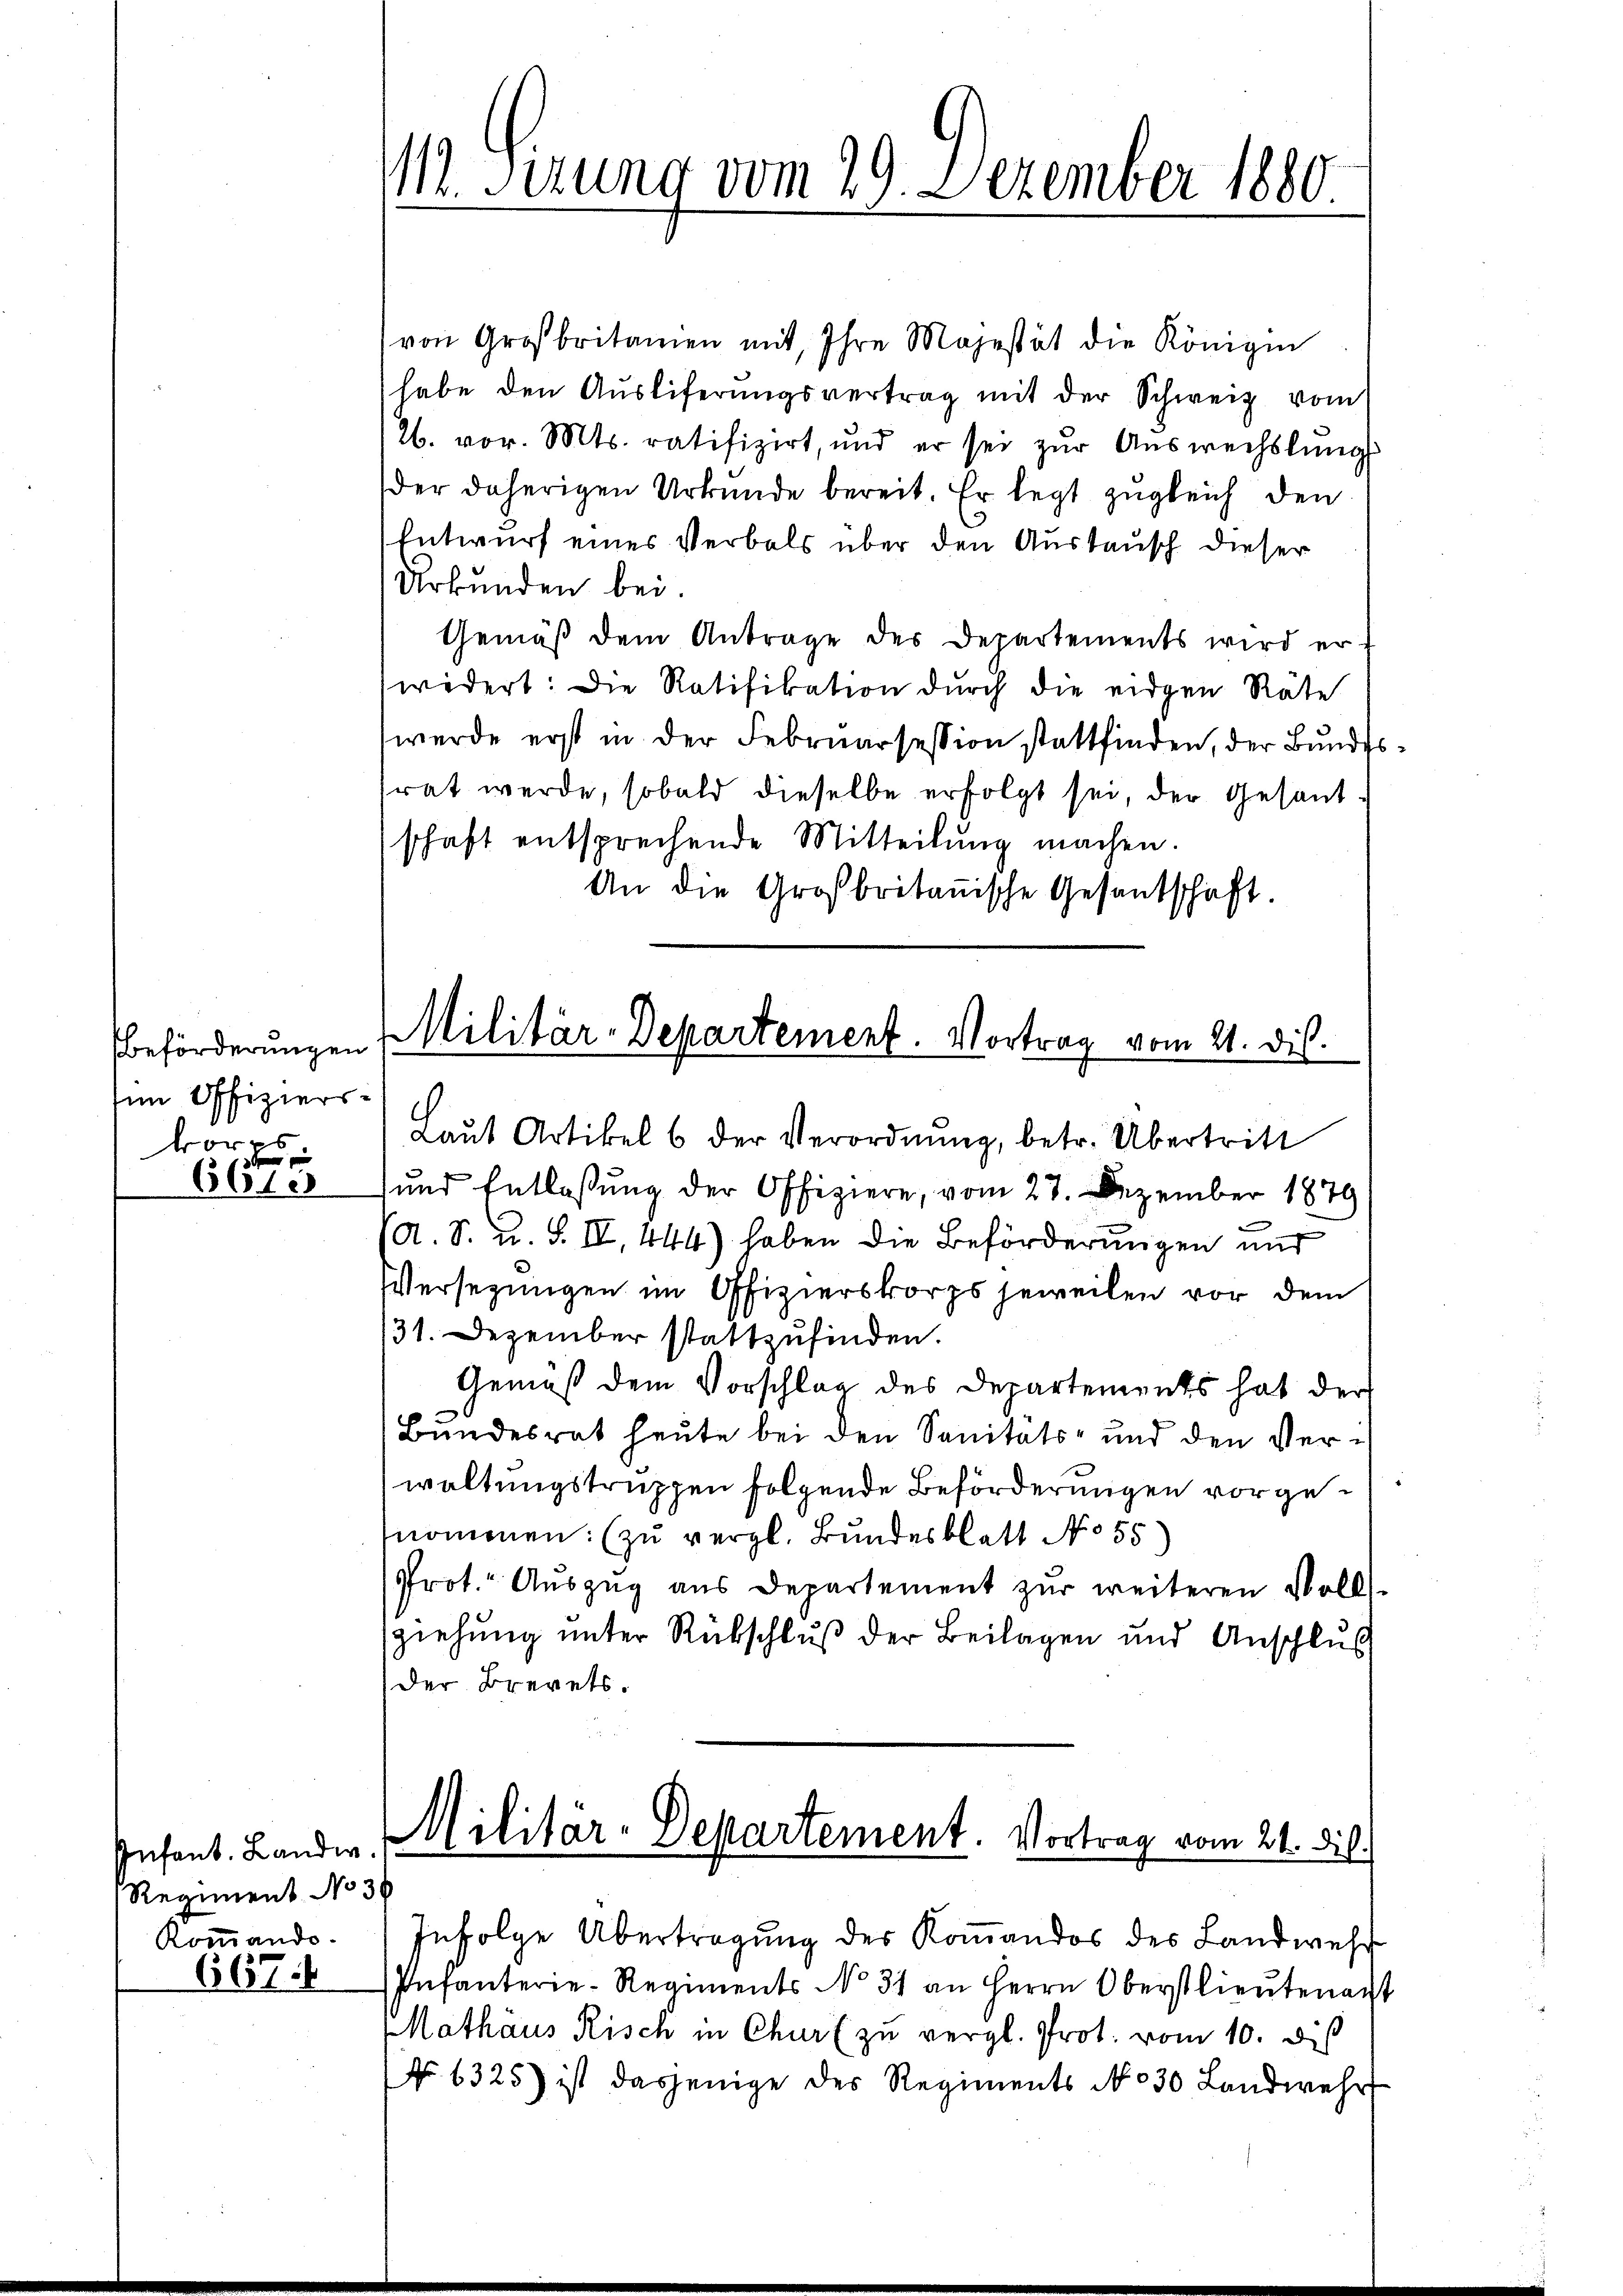
Beförderungen
im Offizierskorps

6613

Infant. Landw.
Regiment No 30
Kommando-

667.

M. Serung vom 29. Dezember 1880.

von Großbritamen mit, Ihre Majestät die Königin
habe den Aŭsliferŭngsvertrag mit der Schweiz vom
26. vor. Mts. ratifizirt, und er sei zŭr Aŭswechslungs
der daherigen Urkunde bereit. Er legt zugleich den
Entwurf eines Verbals über den Austausch dieser
Urkunden bei
Gemäß dem Antrage des Departements wird er-
widert: Die Ratifikation dŭrch die eidgen Räte
werde erst in der Februarsession stattfinden, der Bundesrat werde, sobald dieselbe erfolgt sei, der Gesandschaft entsprechende Mitteilŭng machen.
An die Großbritanische Gesantschaft

Militär-Departement. Vortrag vom 21. dis.

Laŭt Artikel 6 der Verordnŭng, betr. Übertritt
und Entlassung der Offiziere, vom 27. Dezember 1879
/A. S. u. S. II, 444) haben die Beförderungen und
Versezungen im Offizierskorps jeweilen vor dem
31. Dezember stattzufinden.
Gemäß dem Vorschlag des Departements hat der
Bundesrat heute bei den Sanitäts- und den Verwaltungstruppen folgende Beförderungen vorgenomenen (zu vergl. Bundesblatt No 55
Prot. Auszug aus Departement zur weiteren Volls-
ziehung unter Rückschluß der Beilagen und Anschlus
der Brevets.

Militär-Departement. Vortrag vom 21. Dil.

Infolge Übertragung der Koṁandos des Landwehr
Infanterie-Regiments No 31 an Herrn Oberstlieutenacht
Mathaus Risch in Chur zu vergl. Prot. vom 10. dis
No 6325) ist dasjenige des Regiments No 30 Landwehr